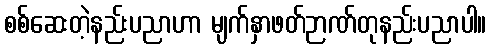
စစ်ဆေးတဲ့နည်းပညာဟာ မျက်နှာဖတ်ဉာဏ်တုနည်းပညာပါ။